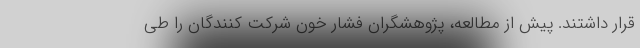
قرار داشتند. پیش از مطالعه، پژوهشگران فشار خون شرکت کنندگان را طی